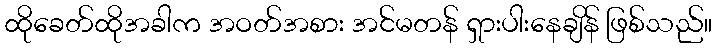
ထိုခေတ်ထိုအခါက အဝတ်အစား အင်မတန် ရှားပါးနေချိန် ဖြစ်သည်။